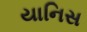
યાનિસ